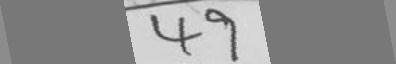
4 9